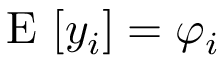
\mathrm { ~ E ~ } [ y _ { i } ] = \varphi _ { i }